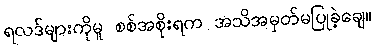
ရလဒ်များကိုမူ စစ်အစိုးရက အသိအမှတ်မပြုခဲ့ချေ။